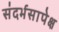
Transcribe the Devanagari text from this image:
संदर्भसापेक्ष